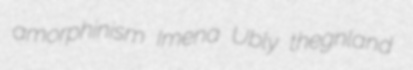
amorphinism Imena Ubly thegnland